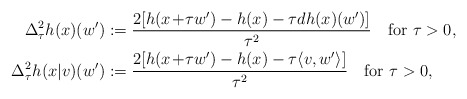
\begin{align*} \Delta^2_{\tau}h(x)(w')&:=\frac{2[h(x\!+\!\tau w')-h(x)-\tau dh(x)(w')]}{\tau^2} \quad{\rm for}\ \tau>0,\\ \Delta^2_{\tau}h(x|v)(w')&:=\frac{2[h(x\!+\!\tau w')-h(x)-\tau\langle v,w'\rangle]}{\tau^2}\quad{\rm for}\ \tau>0, \end{align*}